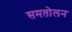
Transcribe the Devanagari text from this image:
समतोलन